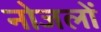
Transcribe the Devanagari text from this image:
नोजलों